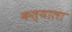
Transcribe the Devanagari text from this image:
कत्याला